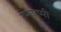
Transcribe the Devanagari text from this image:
रप्पारप्पी